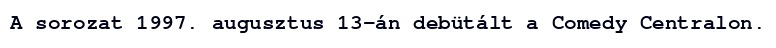
A sorozat 1997. augusztus 13-án debütált a Comedy Centralon.